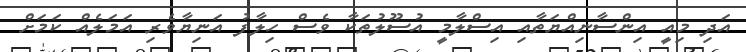
އަދި މިއީ އިންސާނިއްޔަތާއި އިސްލާމީ އުސޫލުތަކާ ވެސް ހިލާފު އަނިޔާވެރި އަމަލެއް ކަމަށް